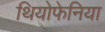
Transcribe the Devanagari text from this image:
थियोफेनिया